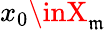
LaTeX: x_{0}\inX_{\mathfrak{m}}